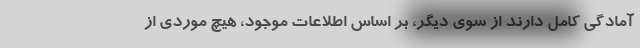
آمادگی کامل دارند از سوی دیگر، بر اساس اطلاعات موجود، هیچ موردی از